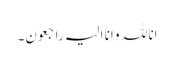
انا للہ و انا الیہ راجعون۔